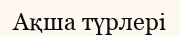
Ақша түрлері